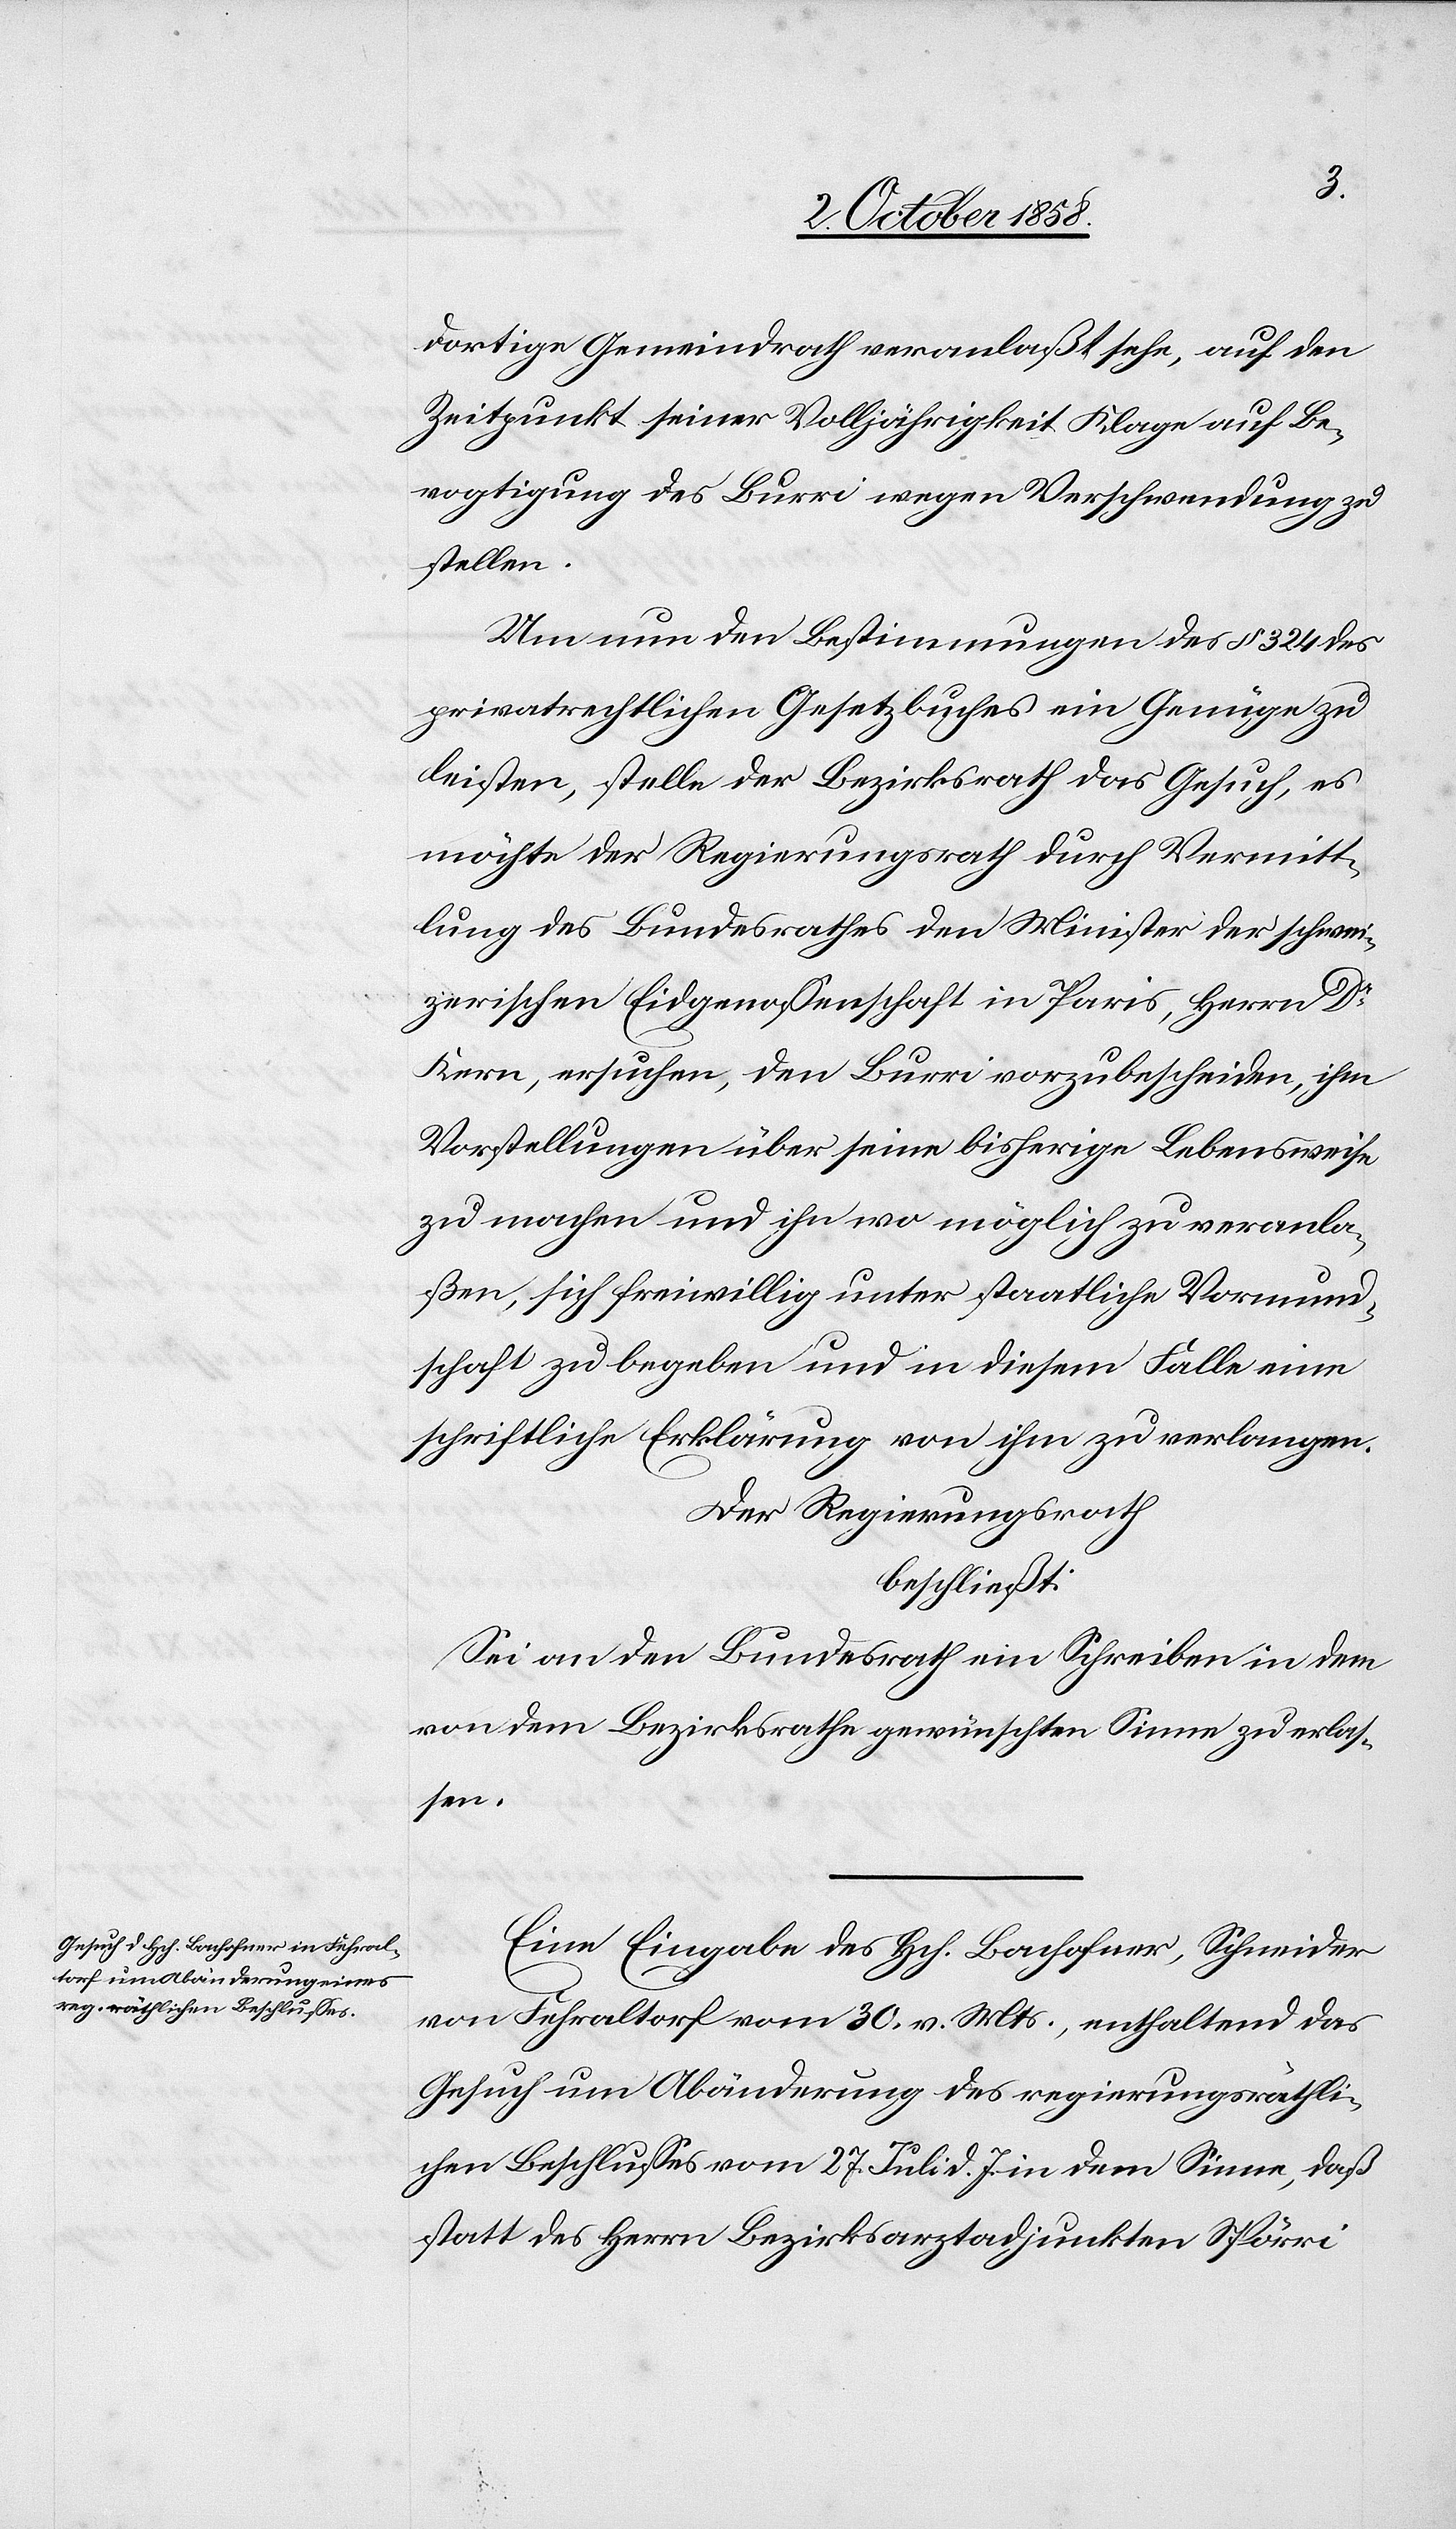
dortige Gemeindrath veranlaßt sehe, auf den
Zeitpunkt seiner Volljährigkeit Klage auf Be¬
vogtigung des Burri wegen Verschwendung zu
stellen.
Um nun den Bestimmungen des § 324 des
privatrechtlichen Gesetzbuches ein Genüge zu
leisten, stelle der Bezirksrath das Gesuch, es
möchte der Regierungsrath durch Vermitt¬
lung des Bundesrathes den Minister der schwei¬
zerischen Eidgenossenschaft in Paris, Herrn Dr.
Kern, ersuchen, den Burri vorzubescheiden, ihm
Vorstellungen über seine bisherige Lebensweise
zu machen und ihn wo möglich zu veranla¬
ßen, sich freiwillig unter staatliche Vormund¬
schaft zu begeben und in diesem Falle eine
schriftliche Erklärung von ihm zu verlangen.
Der Regierungsrath
beschließt:
Sei an den Bundesrath ein Schreiben in dem
von dem Bezirksrathe gewünschten Sinne zu erlas¬
sen.
Eine Eingabe des Hch. Bachofner, Schneider
von Fehraltorf vom 30. v. Mts., enthaltend das
Gesuch um Abänderung des regierungsräthli¬
chen Beschlusses vom 27. Juli d. J. in dem Sinne, daß
statt des Herrn Bezirksarztadjunkten Spörri